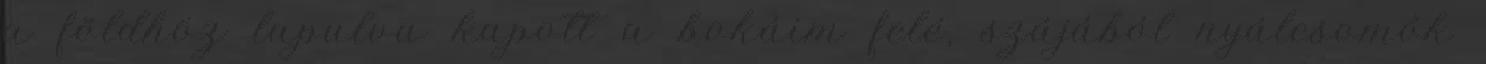
a földhöz lapulva kapott a bokáim felé, szájából nyálcsomók